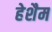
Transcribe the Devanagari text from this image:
हेशैम